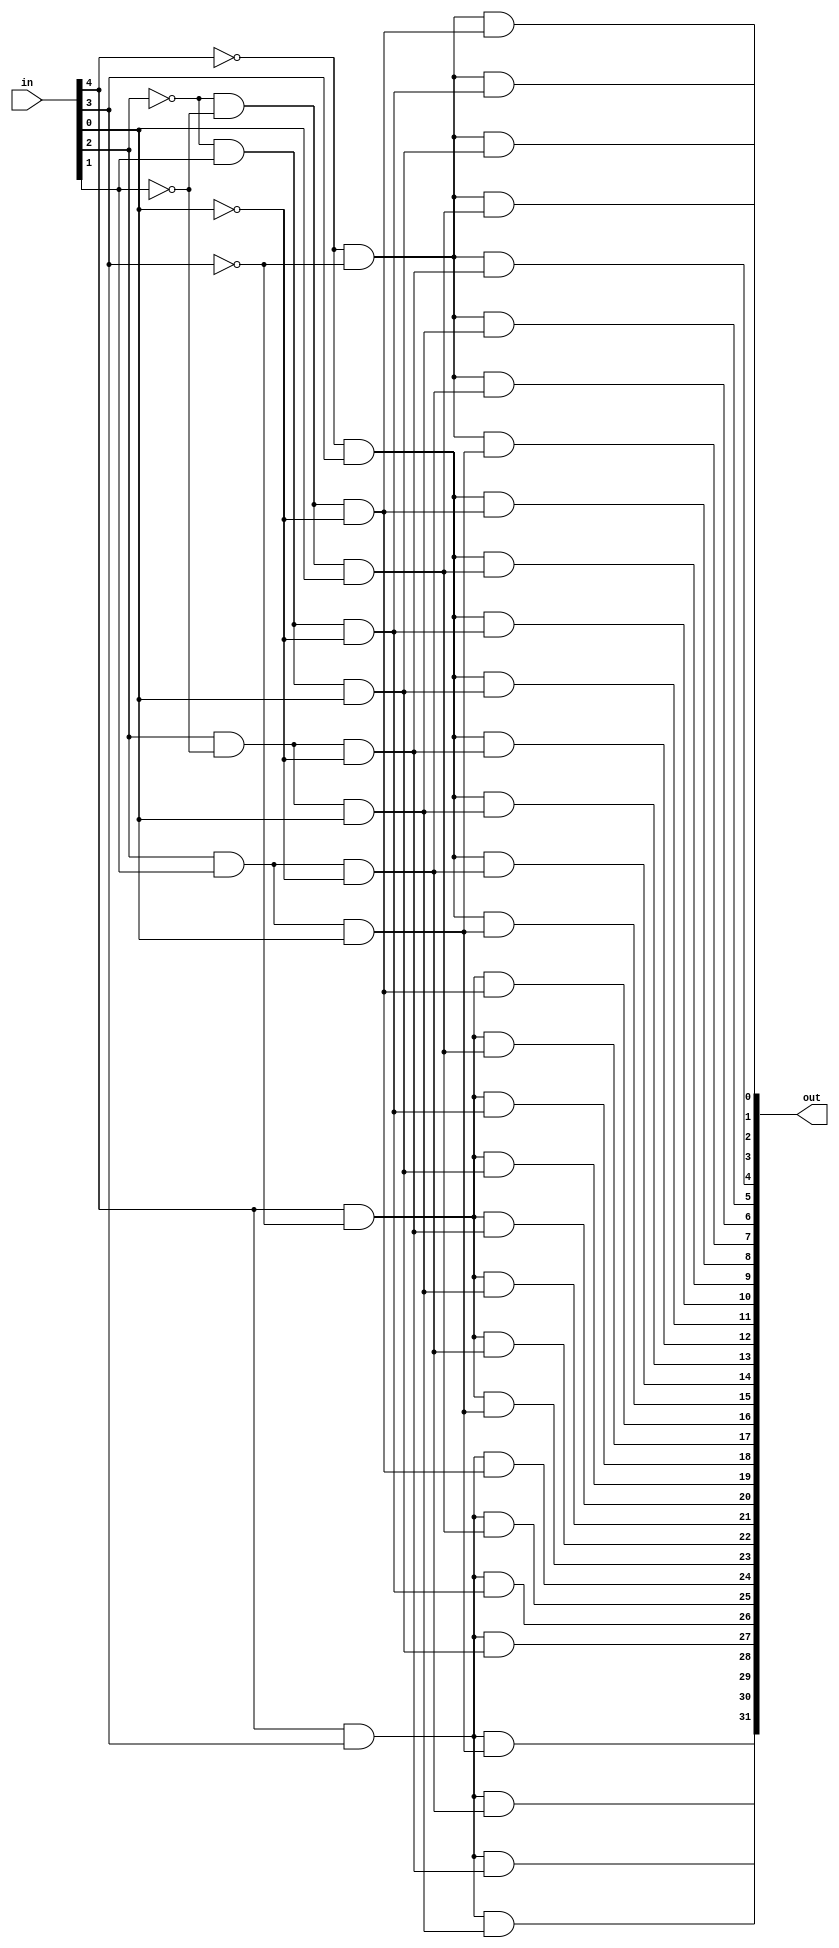
module decoder_5_32(in,out);
    
input [4:0] in;
output [31:0] out; 

wire [4:0] in;
wire [31:0 ]out;

wire [3:0] high_d;
wire [7:0] low_d;

assign high_d[3] = ( in[4]) & ( in[3]);
assign high_d[2] = ( in[4]) & (~in[3]);
assign high_d[1] = (~in[4]) & ( in[3]);
assign high_d[0] = (~in[4]) & (~in[3]);

assign low_d[7] = ( in[2]) & ( in[1]) & ( in[0]);
assign low_d[6] = ( in[2]) & ( in[1]) & (~in[0]);
assign low_d[5] = ( in[2]) & (~in[1]) & ( in[0]);
assign low_d[4] = ( in[2]) & (~in[1]) & (~in[0]);
assign low_d[3] = (~in[2]) & ( in[1]) & ( in[0]);
assign low_d[2] = (~in[2]) & ( in[1]) & (~in[0]);
assign low_d[1] = (~in[2]) & (~in[1]) & ( in[0]);
assign low_d[0] = (~in[2]) & (~in[1]) & (~in[0]);

assign out[31] = high_d[3] & low_d[7];
assign out[30] = high_d[3] & low_d[6];
assign out[29] = high_d[3] & low_d[5];
assign out[28] = high_d[3] & low_d[4];
assign out[27] = high_d[3] & low_d[3];
assign out[26] = high_d[3] & low_d[2];
assign out[25] = high_d[3] & low_d[1];
assign out[24] = high_d[3] & low_d[0];    
assign out[23] = high_d[2] & low_d[7];
assign out[22] = high_d[2] & low_d[6];
assign out[21] = high_d[2] & low_d[5];
assign out[20] = high_d[2] & low_d[4];
assign out[19] = high_d[2] & low_d[3];
assign out[18] = high_d[2] & low_d[2];
assign out[17] = high_d[2] & low_d[1];
assign out[16] = high_d[2] & low_d[0];    
assign out[15] = high_d[1] & low_d[7];
assign out[14] = high_d[1] & low_d[6];
assign out[13] = high_d[1] & low_d[5];
assign out[12] = high_d[1] & low_d[4];
assign out[11] = high_d[1] & low_d[3];
assign out[10] = high_d[1] & low_d[2];
assign out[ 9] = high_d[1] & low_d[1];
assign out[ 8] = high_d[1] & low_d[0];    
assign out[ 7] = high_d[0] & low_d[7];
assign out[ 6] = high_d[0] & low_d[6];
assign out[ 5] = high_d[0] & low_d[5];
assign out[ 4] = high_d[0] & low_d[4];
assign out[ 3] = high_d[0] & low_d[3];
assign out[ 2] = high_d[0] & low_d[2];
assign out[ 1] = high_d[0] & low_d[1];
assign out[ 0] = high_d[0] & low_d[0];    

endmodule //decoder_5_32




module decoder_6_64(in,out);

input  [ 5:0] in;
output [63:0] out; 

wire [5:0]  in;
wire [63:0] out;
wire [7:0]  high_d;
wire [7:0]  low_d;

assign high_d[7] = ( in[5]) & ( in[4]) & ( in[3]);
assign high_d[6] = ( in[5]) & ( in[4]) & (~in[3]);
assign high_d[5] = ( in[5]) & (~in[4]) & ( in[3]);
assign high_d[4] = ( in[5]) & (~in[4]) & (~in[3]);
assign high_d[3] = (~in[5]) & ( in[4]) & ( in[3]);
assign high_d[2] = (~in[5]) & ( in[4]) & (~in[3]);
assign high_d[1] = (~in[5]) & (~in[4]) & ( in[3]);
assign high_d[0] = (~in[5]) & (~in[4]) & (~in[3]);

assign low_d[7] = ( in[2]) & ( in[1]) & ( in[0]);
assign low_d[6] = ( in[2]) & ( in[1]) & (~in[0]);
assign low_d[5] = ( in[2]) & (~in[1]) & ( in[0]);
assign low_d[4] = ( in[2]) & (~in[1]) & (~in[0]);
assign low_d[3] = (~in[2]) & ( in[1]) & ( in[0]);
assign low_d[2] = (~in[2]) & ( in[1]) & (~in[0]);
assign low_d[1] = (~in[2]) & (~in[1]) & ( in[0]);
assign low_d[0] = (~in[2]) & (~in[1]) & (~in[0]);

assign out[63] = high_d[7] & low_d[7];
assign out[62] = high_d[7] & low_d[6];
assign out[61] = high_d[7] & low_d[5];
assign out[60] = high_d[7] & low_d[4];
assign out[59] = high_d[7] & low_d[3];
assign out[58] = high_d[7] & low_d[2];
assign out[57] = high_d[7] & low_d[1];
assign out[56] = high_d[7] & low_d[0];    
assign out[55] = high_d[6] & low_d[7];
assign out[54] = high_d[6] & low_d[6];
assign out[53] = high_d[6] & low_d[5];
assign out[52] = high_d[6] & low_d[4];
assign out[51] = high_d[6] & low_d[3];
assign out[50] = high_d[6] & low_d[2];
assign out[49] = high_d[6] & low_d[1];
assign out[48] = high_d[6] & low_d[0];    
assign out[47] = high_d[5] & low_d[7];
assign out[46] = high_d[5] & low_d[6];
assign out[45] = high_d[5] & low_d[5];
assign out[44] = high_d[5] & low_d[4];
assign out[43] = high_d[5] & low_d[3];
assign out[42] = high_d[5] & low_d[2];
assign out[41] = high_d[5] & low_d[1];
assign out[40] = high_d[5] & low_d[0];    
assign out[39] = high_d[4] & low_d[7];
assign out[38] = high_d[4] & low_d[6];
assign out[37] = high_d[4] & low_d[5];
assign out[36] = high_d[4] & low_d[4];
assign out[35] = high_d[4] & low_d[3];
assign out[34] = high_d[4] & low_d[2];
assign out[33] = high_d[4] & low_d[1];
assign out[32] = high_d[4] & low_d[0];    
assign out[31] = high_d[3] & low_d[7];
assign out[30] = high_d[3] & low_d[6];
assign out[29] = high_d[3] & low_d[5];
assign out[28] = high_d[3] & low_d[4];
assign out[27] = high_d[3] & low_d[3];
assign out[26] = high_d[3] & low_d[2];
assign out[25] = high_d[3] & low_d[1];
assign out[24] = high_d[3] & low_d[0];    
assign out[23] = high_d[2] & low_d[7];
assign out[22] = high_d[2] & low_d[6];
assign out[21] = high_d[2] & low_d[5];
assign out[20] = high_d[2] & low_d[4];
assign out[19] = high_d[2] & low_d[3];
assign out[18] = high_d[2] & low_d[2];
assign out[17] = high_d[2] & low_d[1];
assign out[16] = high_d[2] & low_d[0];    
assign out[15] = high_d[1] & low_d[7];
assign out[14] = high_d[1] & low_d[6];
assign out[13] = high_d[1] & low_d[5];
assign out[12] = high_d[1] & low_d[4];
assign out[11] = high_d[1] & low_d[3];
assign out[10] = high_d[1] & low_d[2];
assign out[ 9] = high_d[1] & low_d[1];
assign out[ 8] = high_d[1] & low_d[0];    
assign out[ 7] = high_d[0] & low_d[7];
assign out[ 6] = high_d[0] & low_d[6];
assign out[ 5] = high_d[0] & low_d[5];
assign out[ 4] = high_d[0] & low_d[4];
assign out[ 3] = high_d[0] & low_d[3];
assign out[ 2] = high_d[0] & low_d[2];
assign out[ 1] = high_d[0] & low_d[1];
assign out[ 0] = high_d[0] & low_d[0];    

endmodule //decoder_6_64